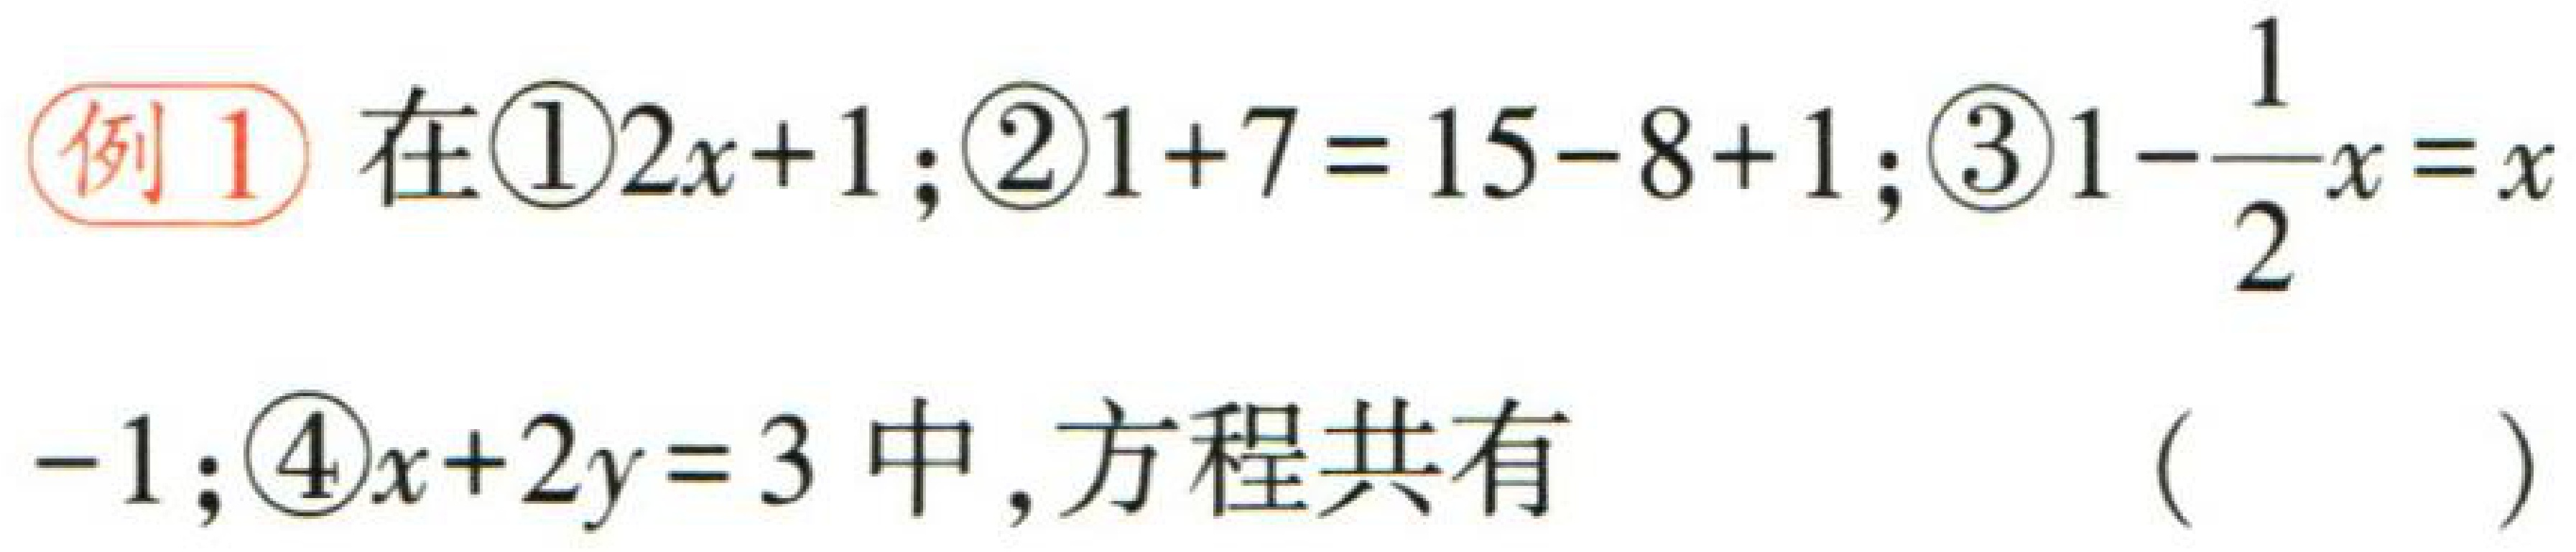
(2)两家人决定同时出发同向而行，沿同一路

线前往旅游地，\(A\)车想要在出发后\(2\ h\)内(包

含\(2\ h\))追上\(B\)车，求\(A\)车的平均速度至少要

提高多少.